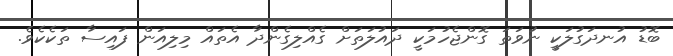
ބޮޑު އުނދަގުލަކީ ނުވަތަ ގޮންޖެހުމަކީ ދައުލަތަށް ގެއްލިގެންދާ އެތައް މިލިއަން ފައިސާ ތަކެކެވެ.